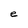
Character: e